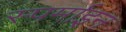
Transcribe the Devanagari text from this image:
स्पर्माइन